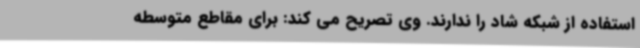
استفاده از شبکه شاد را ندارند. وی تصریح می کند: برای مقاطع متوسطه